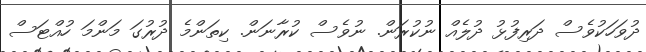
ދުވަހަކުވެސް ދަރިފުޅު ދުލެއް ނުކުރަން. ނުވެސް ކުރާނަން. ކިތަންމެ ދުރުގަ މަންމަ ހުއްޓަސް